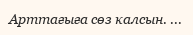
Арттағыға сөз калсын. ...